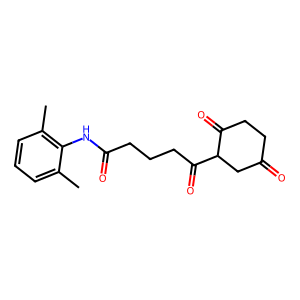
SMILES: Cc1cccc(C)c1NC(=O)CCCC(=O)C1CC(=O)CCC1=O
Inhibits HIV replication: No